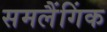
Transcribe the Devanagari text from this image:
समलैंगिंक